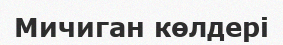
Мичиган көлдері